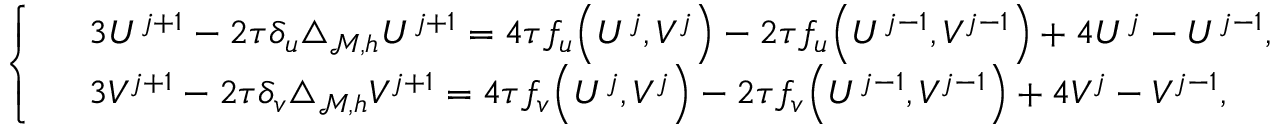
\left\{ \begin{array} { r l } & { 3 U ^ { j + 1 } - 2 \tau \delta _ { u } \triangle _ { { \mathcal { M } } , h } U ^ { j + 1 } = 4 \tau f _ { u } \Big ( U ^ { j } , V ^ { j } \Big ) - 2 \tau f _ { u } \Big ( U ^ { j - 1 } , V ^ { j - 1 } \Big ) + 4 U ^ { j } - U ^ { j - 1 } , } \\ & { 3 V ^ { j + 1 } - 2 \tau \delta _ { v } \triangle _ { { \mathcal { M } } , h } V ^ { j + 1 } = 4 \tau f _ { v } \Big ( U ^ { j } , V ^ { j } \Big ) - 2 \tau f _ { v } \Big ( U ^ { j - 1 } , V ^ { j - 1 } \Big ) + 4 V ^ { j } - V ^ { j - 1 } , } \end{array} \right.